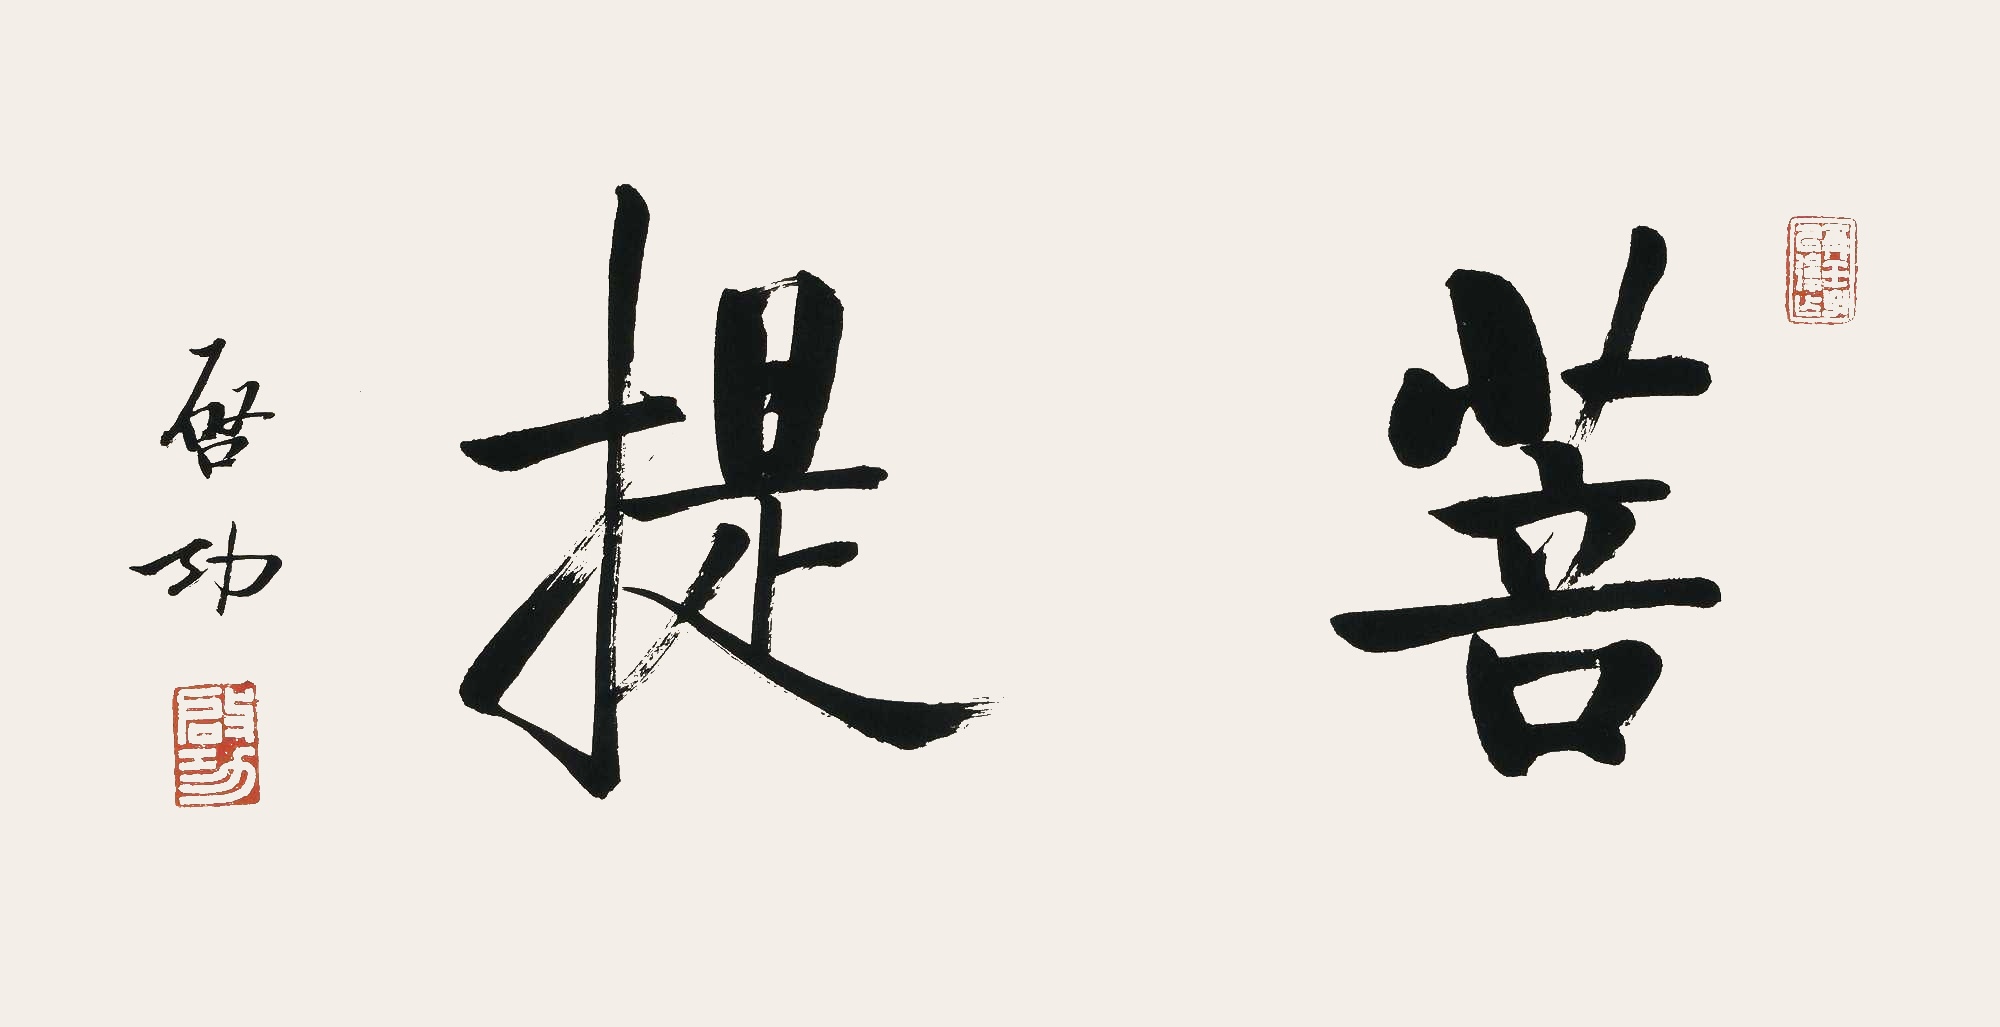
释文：菩提启功。